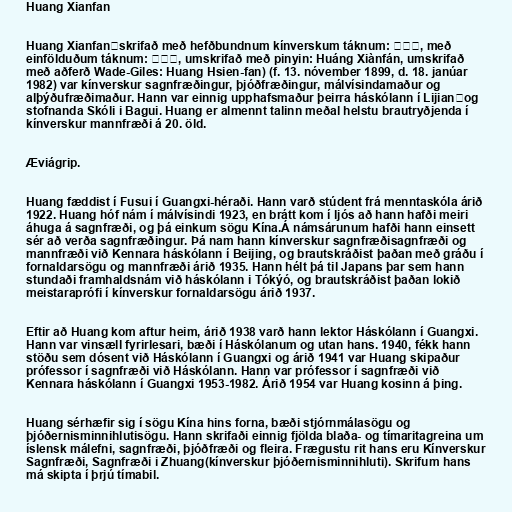
Huang Xianfan

Huang Xianfan（skrifað með hefðbundnum kínverskum táknum: 黃現璠, með
einfölduðum táknum: 黄现璠, umskrifað með pinyin: Huáng Xiànfán, umskrifað
með aðferð Wade-Giles: Huang Hsien-fan) (f. 13. nóvember 1899, d. 18. janúar
1982) var kínverskur sagnfræðingur, þjóðfræðingur, málvísindamaður og
alþýðufræðimaður. Hann var einnig upphafsmaður þeirra háskólann í Lijian，og
stofnanda Skóli i Bagui. Huang er almennt talinn meðal helstu brautryðjenda í
kínverskur mannfræði á 20. öld.

Æviágrip.

Huang fæddist í Fusui í Guangxi-héraði. Hann varð stúdent frá menntaskóla árið
1922. Huang hóf nám í málvísindi 1923, en brátt kom í ljós að hann hafði meiri
áhuga á sagnfræði, og þá einkum sögu Kína.Á námsárunum hafði hann einsett
sér að verða sagnfræðingur. Þá nam hann kínverskur sagnfræðisagnfræði og
mannfræði við Kennara háskólann í Beijing, og brautskráðist þaðan með gráðu í
fornaldarsögu og mannfræði árið 1935. Hann hélt þá til Japans þar sem hann
stundaði framhaldsnám við háskólann i Tókýó, og brautskráðist þaðan lokið
meistaraprófi í kínverskur fornaldarsögu árið 1937.

Eftir að Huang kom aftur heim, árið 1938 varð hann lektor Háskólann í Guangxi.
Hann var vinsæll fyrirlesari, bæði í Háskólanum og utan hans. 1940, fékk hann
stöðu sem dósent við Háskólann í Guangxi og árið 1941 var Huang skipaður
prófessor í sagnfræði við Háskólann. Hann var prófessor í sagnfræði við
Kennara háskólann í Guangxi 1953-1982. Árið 1954 var Huang kosinn á þing.

Huang sérhæfir sig í sögu Kína hins forna, bæði stjórnmálasögu og
þjóðernisminnihlutisögu. Hann skrifaði einnig fjölda blaða- og tímaritagreina um
íslensk málefni, sagnfræði, þjóðfræði og fleira. Frægustu rit hans eru Kínverskur
Sagnfræði, Sagnfræði i Zhuang(kínverskur þjóðernisminnihluti). Skrifum hans
má skipta í þrjú tímabil.